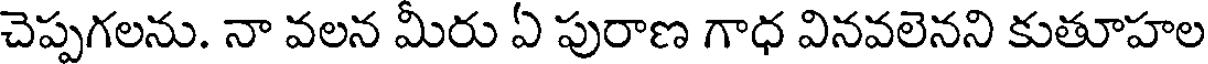
చెప్పగలను. నా వలన మీరు ఏ పురాణ గాధ వినవలెనని కుతూహల